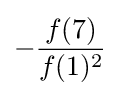
-{\frac {f(7)}{f(1)^{2}}}